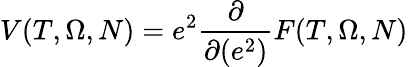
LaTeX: V(T,\Omega,N)=e^{2}\frac{\partial}{\partial(e^{2})}F(T,\Omega,N)